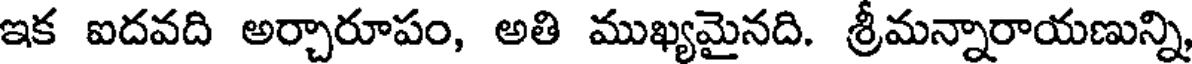
ఇక ఐదవది అర్చారూపం, అతి ముఖ్యమైనది. శ్రీమన్నారాయణున్ని